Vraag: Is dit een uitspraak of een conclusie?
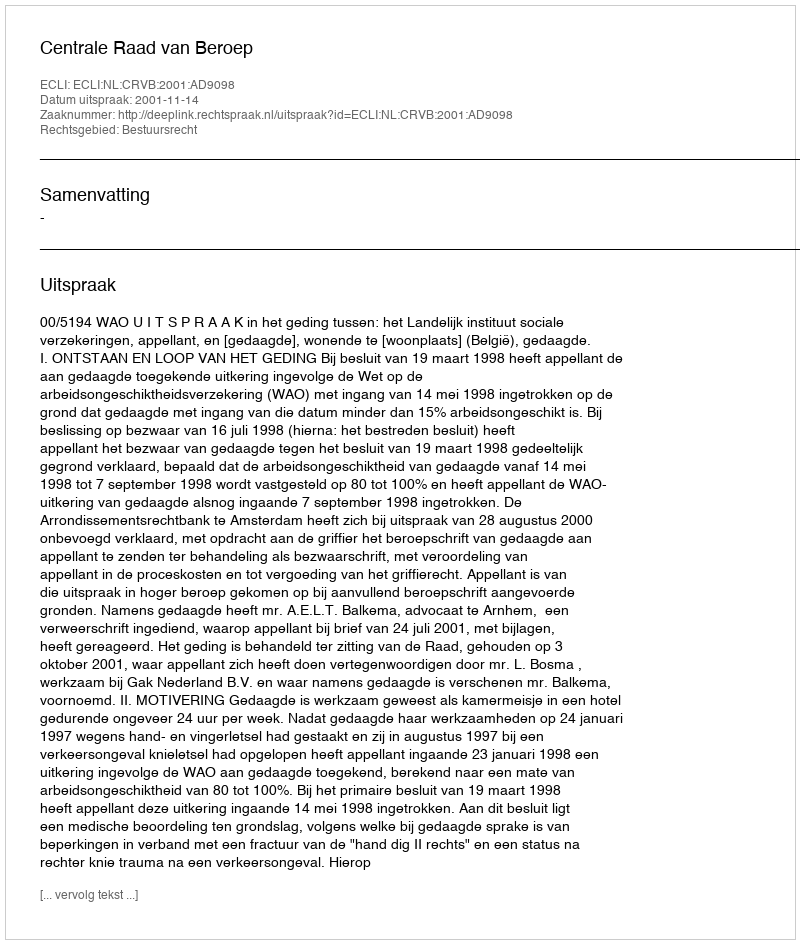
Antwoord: Uitspraak